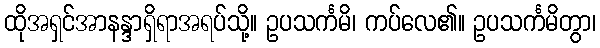
ထိုအရှင်အာနန္ဒာရှိရာအရပ်သို့။ ဥပသင်္ကမိ၊ ကပ်လေ၏။ ဥပသင်္ကမိတွာ၊